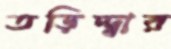
তড়িদ্‌দ্বার